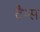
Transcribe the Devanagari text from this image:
टैम्स